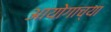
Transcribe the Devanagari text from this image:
आयोगाच्‍या